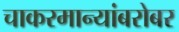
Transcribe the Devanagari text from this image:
चाकरमान्यांबरोबर